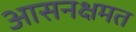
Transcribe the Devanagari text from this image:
आसनक्षमत